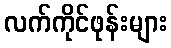
လက်ကိုင်ဖုန်းများ